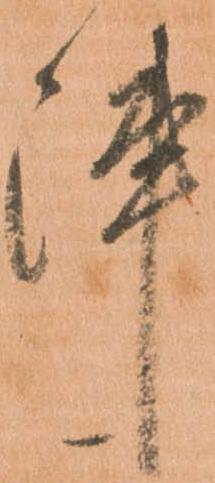
陣